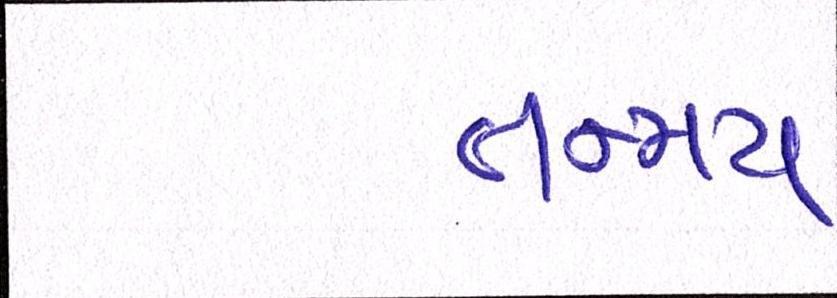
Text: તન્મય